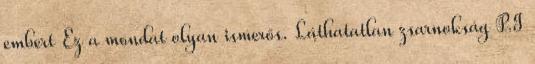
embert Ez a mondat olyan ismerős. Láthatatlan zsarnokság P.I